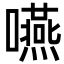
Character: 嚥